Scottish Leaving Certificate Examination, 1960
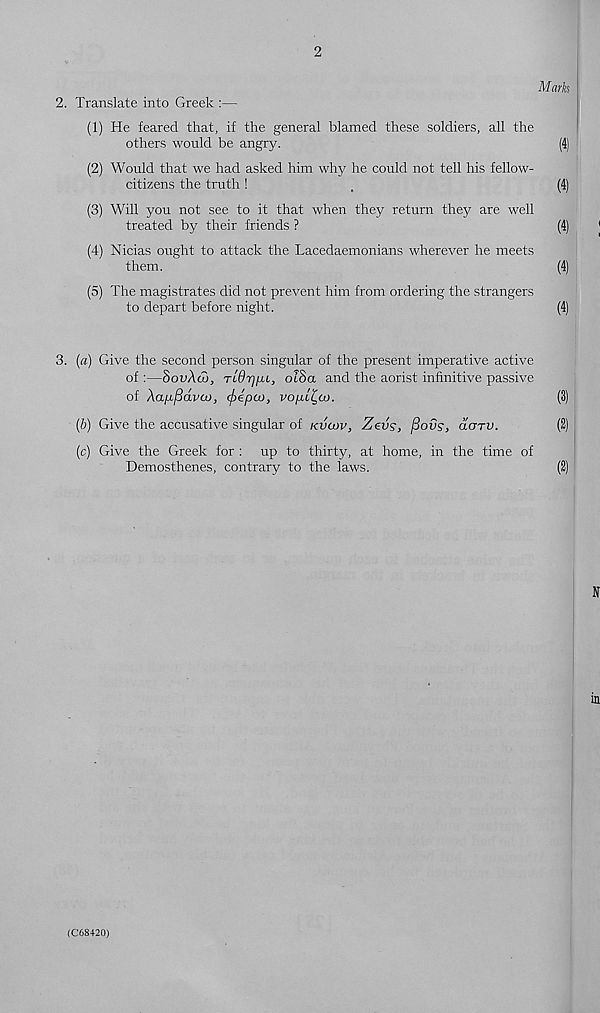
2
Mark
2. Translate into Greek :—
(1) He feared that, if the general blamed these soldiers, all the
others would be angry.
(4)
(2) Would that we had asked him why he could not tell his fellow-
citizens the truth!
,
(4)
(3) Will you not see to it that when they return they are well
treated by their friends ?
(4)
(4) Nicias ought to attack the Lacedaemonians wherever he meets
them.
(4)
(5) The magistrates did not prevent him from ordering the strangers
to depart before night.
(4)
3. (a) Give the second person singular of the present imperative active
of :—8ovXd), TidrjfU, olSa and the aorist infinitive passive
of Aa/x/3ava), cf>ipa>, vopL^ai.
(3)
(&) Give the accusative singular of kvcov, Zevs, fiovs, darv.
(2)
(c) Give the Greek for : up to thirty, at home, in the time of
Demosthenes, contrary to the laws.
(2)
(C68+20)